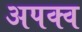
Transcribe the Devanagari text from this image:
अपक्‍व